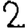
Digit: 2